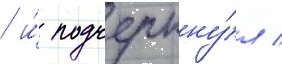
/ и́ подчеркну́л /